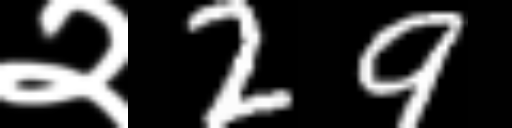
Text: २29